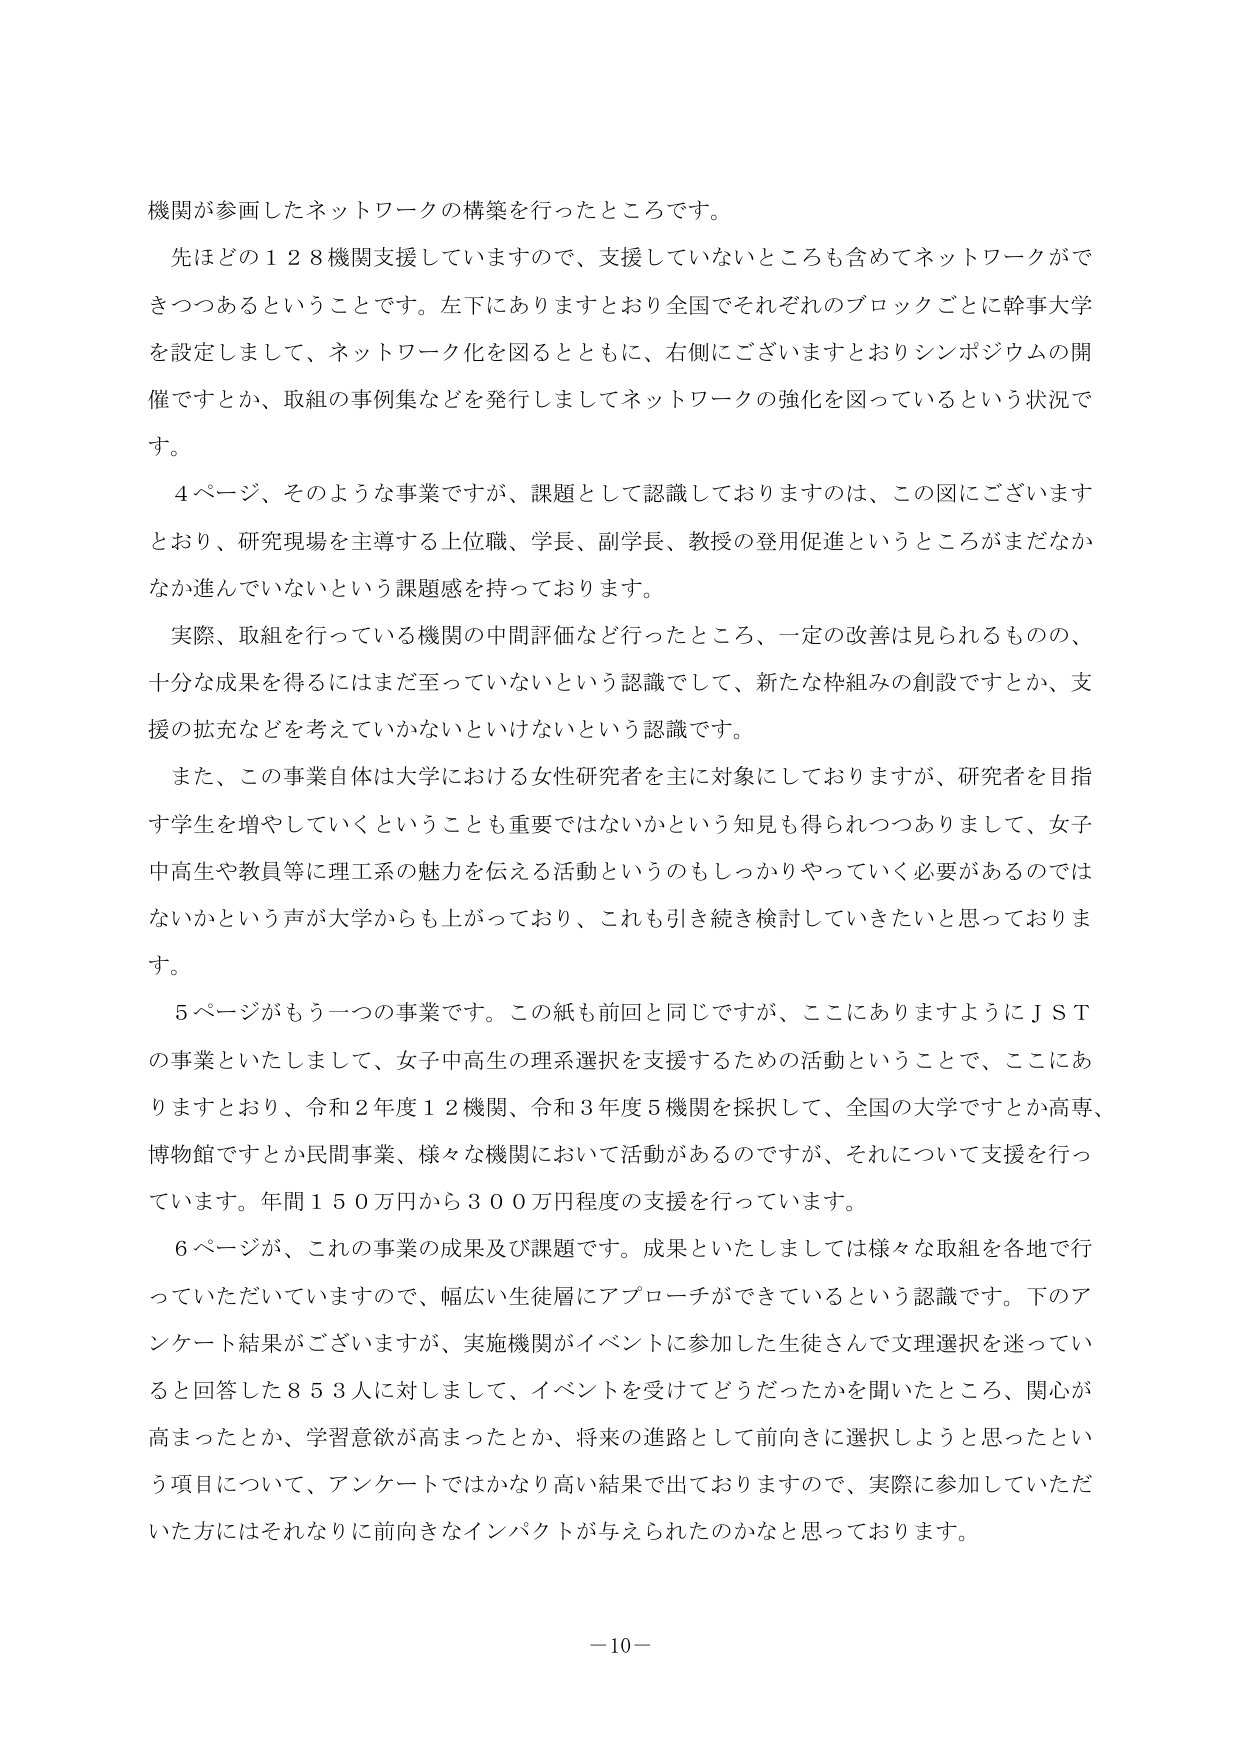
機関が参画したネットワークの構築を行ったところです。

先ほどの１２８機関支援していますので、支援していないところも含めてネットワークができつつあるということです。左下にありますとおり全国でそれぞれのブロックごとに幹事大学を設定しまして、ネットワーク化を図るとともに、右側にございますとおりシンポジウムの開催ですとか、取組の事例集などを発行しましてネットワークの強化を図っているという状況です。

４ページ、そのような事業ですが、課題として認識しておりますのは、この図にございますとおり、研究現場を主導する上位職、学長、副学長、教授の登用促進というところがまだなかなか進んでいないという課題感を持っております。

実際、取組を行っている機関の中間評価など行ったところ、一定の改善は見られるものの、十分な成果を得るにはまだ至っていないという認識でして、新たな枠組みの創設ですとか、支援の拡充などを考えていかないといけないという認識です。

また、この事業自体は大学における女性研究者を主に対象にしておりますが、研究者を目指す学生を増やしていくということも重要ではないかという知見も得られつつありまして、女子中高生や教員等に理工系の魅力を伝える活動というのもしっかりやっていく必要があるのではないかという声が大学からも上がっており、これも引き続き検討していきたいと思っております。

５ページがもう一つの事業です。この紙も前回と同じですが、ここにありますようにＪＳＴの事業といたしまして、女子中高生の理系選択を支援するための活動ということで、ここにありますとおり、令和２年度１２機関、令和３年度５機関を採択して、全国の大学ですとか高専、博物館ですとか民間事業、様々な機関において活動があるのですが、それについて支援を行っています。年間１５０万円から３００万円程度の支援を行っています。

６ページが、これの事業の成果及び課題です。成果といたしましては様々な取組を各地で行っていただいていますので、幅広い生徒層にアプローチができているという認識です。下のアンケート結果がございますが、実施機関がイベントに参加した生徒さんで文理選択を迷っていると回答した８５３人に対しまして、イベントを受けてどうだったかを聞いたところ、関心が高まったとか、学習意欲が高まったとか、将来の進路として前向きに選択しようと思ったという項目について、アンケートではかなり高い結果で出ておりますので、実際に参加していただいた方にはそれなりに前向きなインパクトが与えられたのかなと思っております。

－10－